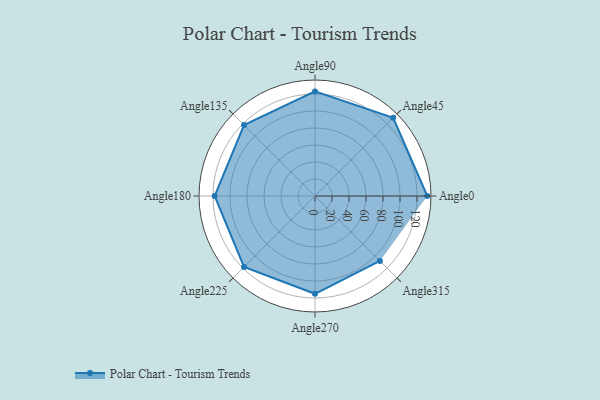
{"axis": {"x": "Angle", "y": "Radius"}, "legend": [""], "data": [{"x": "Angle0", "y": 132.0, "type": ""}, {"x": "Angle45", "y": 130.0, "type": ""}, {"x": "Angle90", "y": 123.0, "type": ""}, {"x": "Angle135", "y": 118.0, "type": ""}, {"x": "Angle180", "y": 118.0, "type": ""}, {"x": "Angle225", "y": 118.0, "type": ""}, {"x": "Angle270", "y": 115.0, "type": ""}, {"x": "Angle315", "y": 108.0, "type": ""}]}